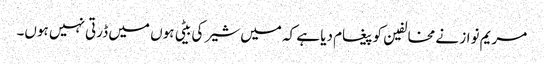
مریم نواز نے مخالفین کو پیغام دیا ہے کہ میں شیر کی بیٹی ہوں میں ڈرتی نہیں ہوں۔